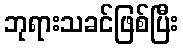
ဘုရားသခင်ဖြစ်ပြီး